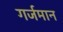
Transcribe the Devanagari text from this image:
गर्जमान